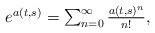
LaTeX: \begin{align*} \begin{array}{ll} e^{a(t,s)} = \sum_{n=0}^{\infty} \frac{ a(t,s)^n}{n!}, \end{array} \end{align*}